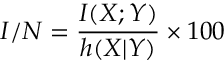
I / N = \frac { I ( \boldsymbol { X } ; Y ) } { h ( \boldsymbol { X } | Y ) } \times 1 0 0 \